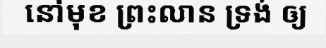
នៅមុខ ព្រះលាន ទ្រង់ ឲ្យ